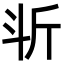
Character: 𣁰